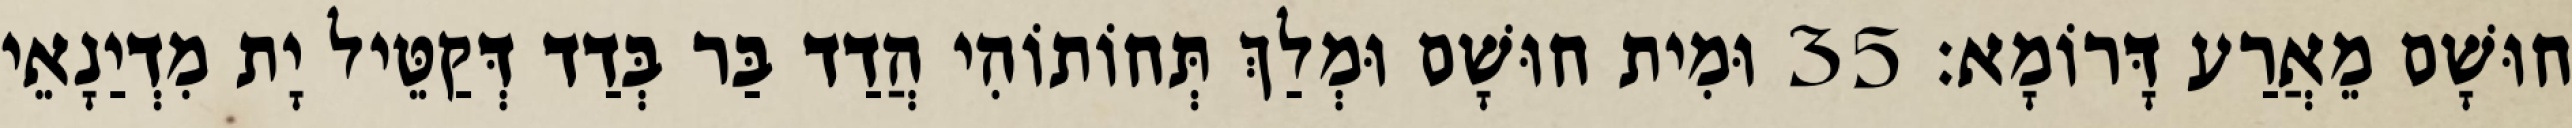
חוּשָׁם מֵאֲרַע דָּרוֹמָא׃ 35 וּמִית חוּשָׁם וּמְלַךְ תְּחוֹתוֹהִי הֲדַד בַּר בְּדַד דְּקַטֵּיל יָת מִדְיַנָאֵי